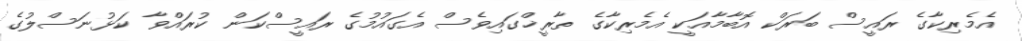
އެމެރިކާގެ ރައީސް ބަރަކް އޮބާމާއަކީ އެމެރިކާގެ ތާރީޚްގައިވެސް އެގައުމުގެ ރައީސްކަން ކުރައްވާ ކަޅުނަސްލުގެ